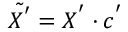
\tilde { X ^ { ' } } = X ^ { ' } \cdot c ^ { ' }